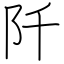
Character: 阡